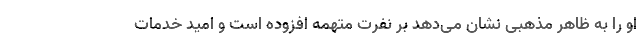
او را به‌ ظاهر مذهبی نشان می‌دهد بر نفرت متهمه افزوده است و امید خدمات